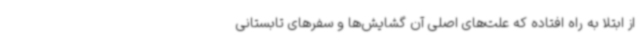
از ابتلا به راه افتاده که علت‌های اصلی آن گشایش‌ها و سفرهای تابستانی